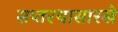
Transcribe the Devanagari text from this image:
सप्तरथासारखे